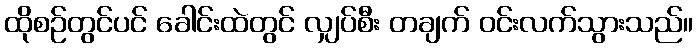
ထိုစဉ်တွင်ပင် ခေါင်းထဲတွင် လျှပ်စီး တချက် ဝင်းလက်သွားသည်။